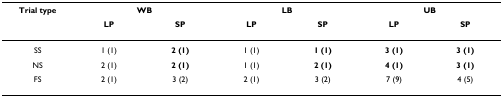
<table><thead><tr><td><b>Trial type</b></td><td colspan="2"><b>WB</b></td><td colspan="2"><b>LB</b></td><td colspan="2"><b>UB</b></td></tr><tr><td></td><td><b>LP</b></td><td><b>SP</b></td><td><b>LP</b></td><td><b>SP</b></td><td><b>LP</b></td><td><b>SP</b></td></tr></thead><tbody><tr><td>SS</td><td>1 (1)</td><td><b>2 (1)</b></td><td>1 (1)</td><td><b>1 (1)</b></td><td><b>3 (1)</b></td><td><b>3 (1)</b></td></tr><tr><td>NS</td><td>2 (1)</td><td><b>2 (1)</b></td><td>1 (1)</td><td><b>2 (1)</b></td><td><b>4 (1)</b></td><td><b>3 (1)</b></td></tr><tr><td>FS</td><td>2 (1)</td><td>3 (2)</td><td>2 (1)</td><td>3 (2)</td><td>7 (9)</td><td>4 (5)</td></tr></tbody></table>